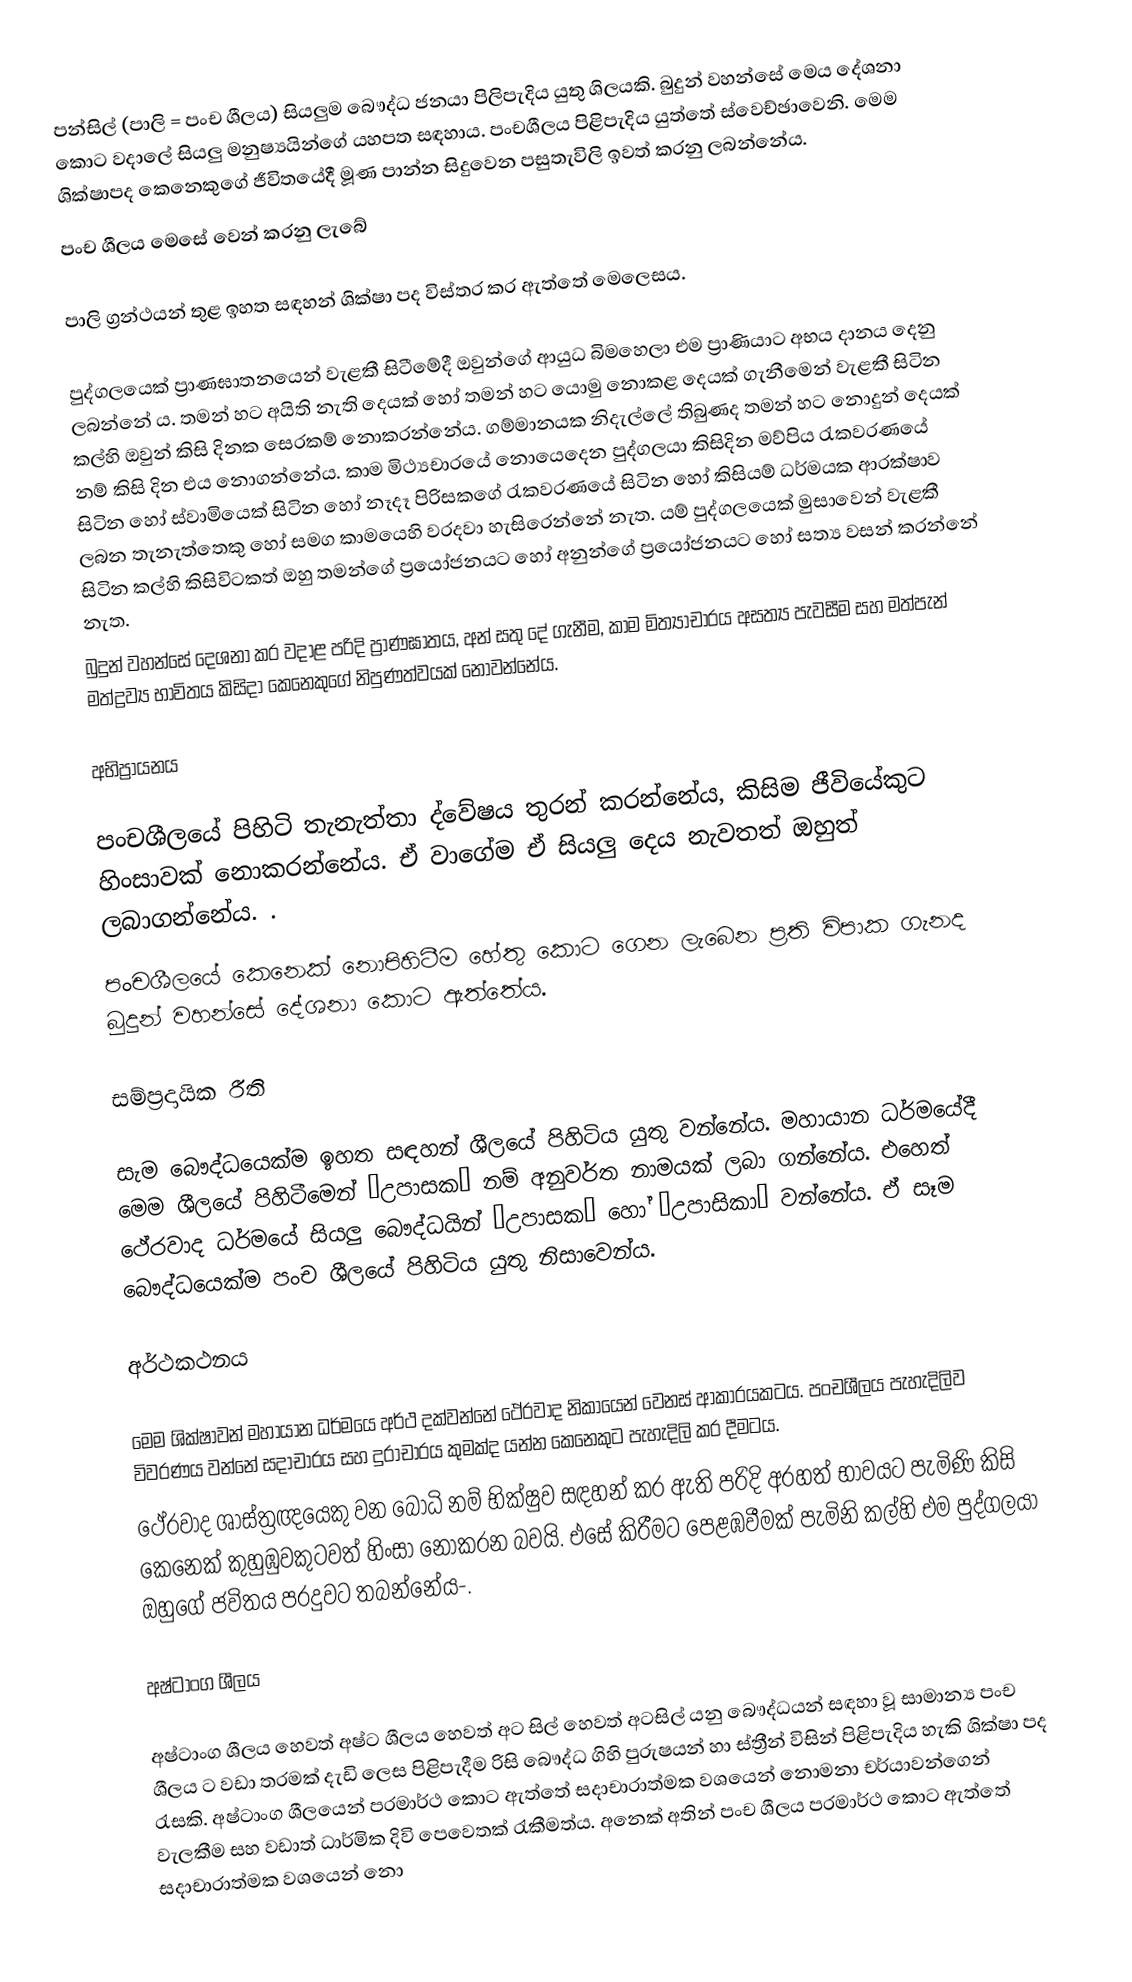
පන්සිල් (පාලි = පංච ශීලය) සියලුම බෞද්ධ ජනයා පිලිපැදිය යුතු ශිලයකි. බුදුන් වහන්සේ මෙය දේශනා කොට වදාලේ සියලු මනුෂ්‍යයින්ගේ යහපත සඳහාය. පංචශීලය පිළිපැදිය යුත්තේ ස්වෙච්ඡාවෙනි. මෙම ශික්ෂාපද කෙනෙකුගේ ජීවිතයේදී මූණ පාන්න සිදුවෙන පසුතැවිලි ඉවත් කරනු ලබන්නේය.
පංච ශීලය මෙසේ වෙන් කරනු ලැබේ

පාලි ග්‍රන්ථයන් තුළ  ඉහත සඳහන් ශික්ෂා පද විස්තර කර ඇත්තේ මෙලෙසය.

පුද්ගලයෙක් ප්‍රාණඝාතනයෙන් වැළකී සිටීමේදී ඔවුන්ගේ ආයුධ බිමහෙලා එම ප්‍රාණියාට අභය දානය දෙනු ලබන්නේ ය. තමන් හට අයිති නැති දෙයක් හෝ තමන් හට යොමු නොකළ දෙයක්   ගැනීමෙන් වැළකී සිටින කල්හි ඔවුන් කිසි දිනක සෙරකම් නොකරන්නේය. ගම්මානයක නිදැල්ලේ තිබුණද තමන් හට නොදුන් දෙයක් නම් කිසි දින එය නොගන්නේය. කාම මිථ්‍යචාරයේ නොයෙදෙන පුද්ගලයා කිසිදින මව්පිය රැකවරණයේ සිටින හෝ ස්වාමියෙක් සිටින හෝ නෑදෑ පිරිසකගේ රැකවරණයේ සිටින හෝ කිසියම් ධර්මයක ආරක්ෂාව ලබන තැනැත්තෙකු හෝ සමග කාමයෙහි වරදවා හැසිරෙන්නේ නැත.  යම් පුද්ගලයෙක් මුසාවෙන් වැළකී සිටින කල්හි කිසිවිටකත් ඔහු තමන්ගේ ප්‍රයෝජනයට හෝ අනුන්ගේ ප්‍රයෝජනයට හෝ සත්‍ය වසන් කරන්නේ නැත.
බුදුන් වහන්සේ දෙශනා කර වදාළ පරිදි ප්‍රාණඝාතය, අන් සතු දේ ගැනීම, කාම මිත්‍යාචාරය අසත්‍ය පැවසීම සහ මත්පැන් මත්ද්‍රව්‍ය භාවිතය කිසිදා කෙනෙකුගේ නිපුණත්වයක් නොවන්නේය.

අභිප්‍රායනය

පංචශීලයේ පිහිටි තැනැත්තා ද්වේෂය තුරන් කරන්නේය‚ කිසිම ජීවියේකුට හිංසාවක් නොකරන්නේය. ඒ වාගේම ඒ සියලු දෙය නැවතත් ඔහුත් ලබාගන්නේය. .
පංචශීලයේ කෙනෙක් නොපිහිටීම හේතු කොට ගෙන ලැබෙන ප්‍රති විපාක ගැනද බුදුන් වහන්සේ දේශනා කොට ඇත්තේය.

සම්ප්‍රදායික රීති

සැම බෞද්ධයෙක්ම ඉහත සඳහන් ශීලයේ පිහිටිය යුතු වන්නේය.  මහායාන ධර්මයේදී මෙම ශීලයේ පිහිටීමෙන් “උපාසක” නම් අනුවර්ත නාමයක් ලබා ගන්නේය. එහෙත් ථේරවාද ධර්මයේ සියලු බෞද්ධයින් “උපාසක” හෝ “උපාසිකා” වන්නේය. ඒ සෑම බෞද්ධයෙක්ම පංච ශීලයේ පිහිටිය යුතු නිසාවෙන්ය.

අර්ථකථනය

මෙම ශික්ෂාවන් මහායාන ධර්මයෙ අර්ථ දක්වන්නේ ථේරවාද නිකායෙන් වෙනස් ආකාරයකටය. පංචශීලය පැහැදිලිව විවරණය වන්නේ සදාචාරය සහ දුරාචාරය කුමක්ද යන්න කෙනෙකුට පැහැදිලි කර දීමටය.
ථේරවාද ශාස්ත්‍රඥයෙකු වන බෝධි නම් භික්ෂුව සඳහන් කර ඇති පරිදි අරහත් භාවයට පැමිණි කිසි කෙනෙක් කුහුඹුවකුටවත් හිංසා නොකරන බවයි. එසේ කිරීමට පෙළඹවීමක් පැමිනි කල්හි එම පුද්ගලයා ඔහුගේ ජවිතය පරදුවට තබන්නේය-.

අෂ්ටාංග ශීලය

අෂ්ටාංග ශීලය හෙවත් අෂ්ට ශීලය හෙවත් අට සිල් හෙවත් අටසිල් යනු  බෞද්ධයන් සඳහා වූ සාමාන්‍ය  පංච ශීලය ට වඩා තරමක් දැඩි  ලෙස පිළිපැදීම රිසි  බෞද්ධ ගිහි පුරුෂයන් හා ස්ත්‍රීන් විසින් පිළිපැදිය හැකි ශික්ෂා පද රැසකි. අෂ්ටාංග ශීලයෙන් පරමාර්ථ කොට ඇත්තේ සදාචාරාත්මක වශයෙන් නොමනා චර්යාවන්ගෙන් වැලකීම සහ වඩාත් ධාර්මික දිවි පෙවෙතක් රැකීමත්ය. අනෙක් අතින් පංච ශීලය පරමාර්ථ කොට ඇත්තේ  සදාචාරාත්මක වශයෙන් නො